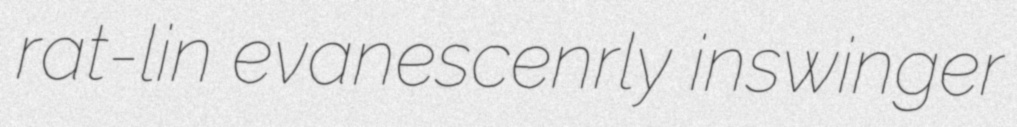
rat-lin evanescenrly inswinger